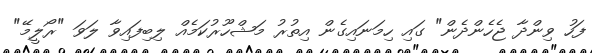
ފަހު ވިންދާ ޖެހެންދެން" ގައި ހިމަނައިގެން އިތުރު މަޝްހޫރުކަމެއް ލިބިފައިވާ ލަވަ "ރޯލީމޭ"